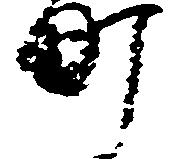
町